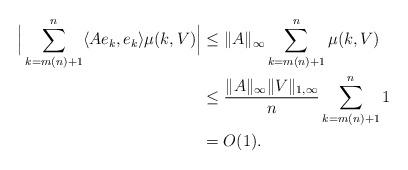
LaTeX: \begin{align*} \Big|\sum_{k=m(n)+1}^n\langle Ae_k,e_k\rangle\mu(k,V)\Big| &\leq \|A\|_{\infty} \sum_{k=m(n)+1}^n\mu(k,V)\\ &\leq \frac{\|A\|_{\infty}\|V\|_{1,\infty}}{n}\sum_{k=m(n)+1}^n1\\ &= O(1). \end{align*}